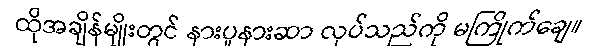
ထိုအချိန်မျိုးတွင် နားပူနားဆာ လုပ်သည်ကို မကြိုက်ချေ။